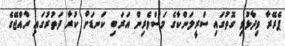
ޕެރޭރާ ވިދާޅުވި ގޮތުގައި ސްރީލަންކާގެ މަސްވެރިން އަރަބި ކަނޑަށް ކުރާ ދަތުރުގައި ރާއްޖޭގެ